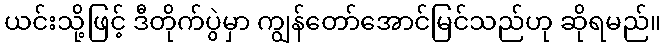
ယင်းသို့ဖြင့် ဒီတိုက်ပွဲမှာ ကျွန်တော်အောင်မြင်သည်ဟု ဆိုရမည်။